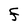
Character: F